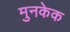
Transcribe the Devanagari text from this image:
मुनकेक